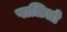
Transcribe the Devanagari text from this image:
पाळितो